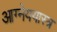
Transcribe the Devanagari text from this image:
आग्नेययास्त्र